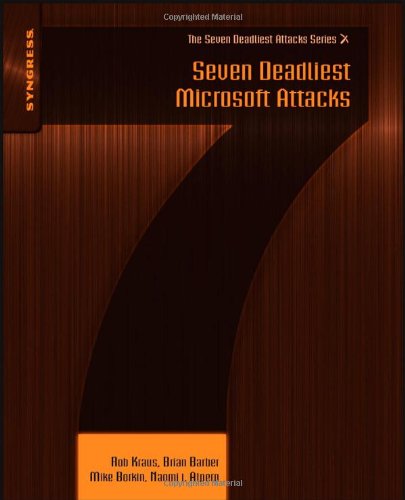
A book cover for Seven Deadliest Microsoft Attacks (Seven Deadliest Attacks); Rob Kraus; Computers & Technology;